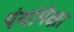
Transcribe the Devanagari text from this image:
पंथांपेक्षा